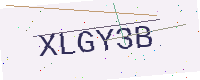
Text: XLGY3B